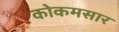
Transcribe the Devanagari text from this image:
कोकमसार